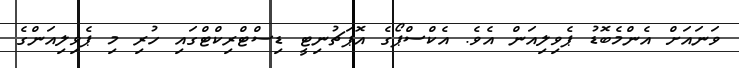
ވަނައަށް އެންމެބޮޑު ޕެވިލިއަން އެވެ. އެކްސްޕޯގެ އޮޕަޗުނިޓީ ޑިސްޓްރިކްޓްގައި ހުރި މި ޕެވިލިއަންގެ